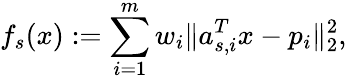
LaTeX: f_{s}(x):=\sum_{i=1}^{m}w_{i}\| a_{s,i}^{T}x-p_{i}\| _{2}^{2},